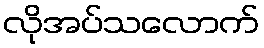
လိုအပ်သလောက်